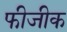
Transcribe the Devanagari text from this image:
फीजीक